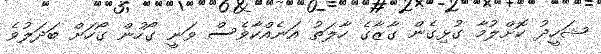
ޝަހީދު ކޮށްލުމާ ގުޅިގެން ގާޒާގެ ހާލަތު އަނެއްކާވެސް ވަނީ ގޯހުން ގޯހަށް ބަދަލުވެ